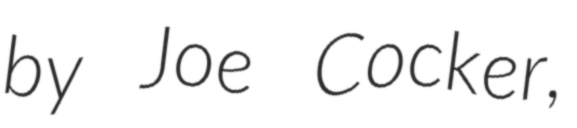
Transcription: by Joe Cocker,